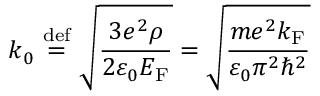
k _ { 0 } \ { \stackrel { \mathrm { d e f } } { = } } \ { \sqrt { \frac { 3 e ^ { 2 } \rho } { 2 \varepsilon _ { 0 } E _ { \mathrm { F } } } } } = { \sqrt { \frac { m e ^ { 2 } k _ { \mathrm { F } } } { \varepsilon _ { 0 } \pi ^ { 2 } \hbar ^ { 2 } } } }